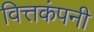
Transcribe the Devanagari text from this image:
वित्तकंपनी